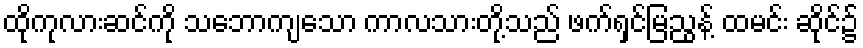
ထိုကုလားဆင်ကို သဘောကျသော ကာလသားတို့သည် ဖက်ရှင်မြညွန့် ထမင်း ဆိုင်၌